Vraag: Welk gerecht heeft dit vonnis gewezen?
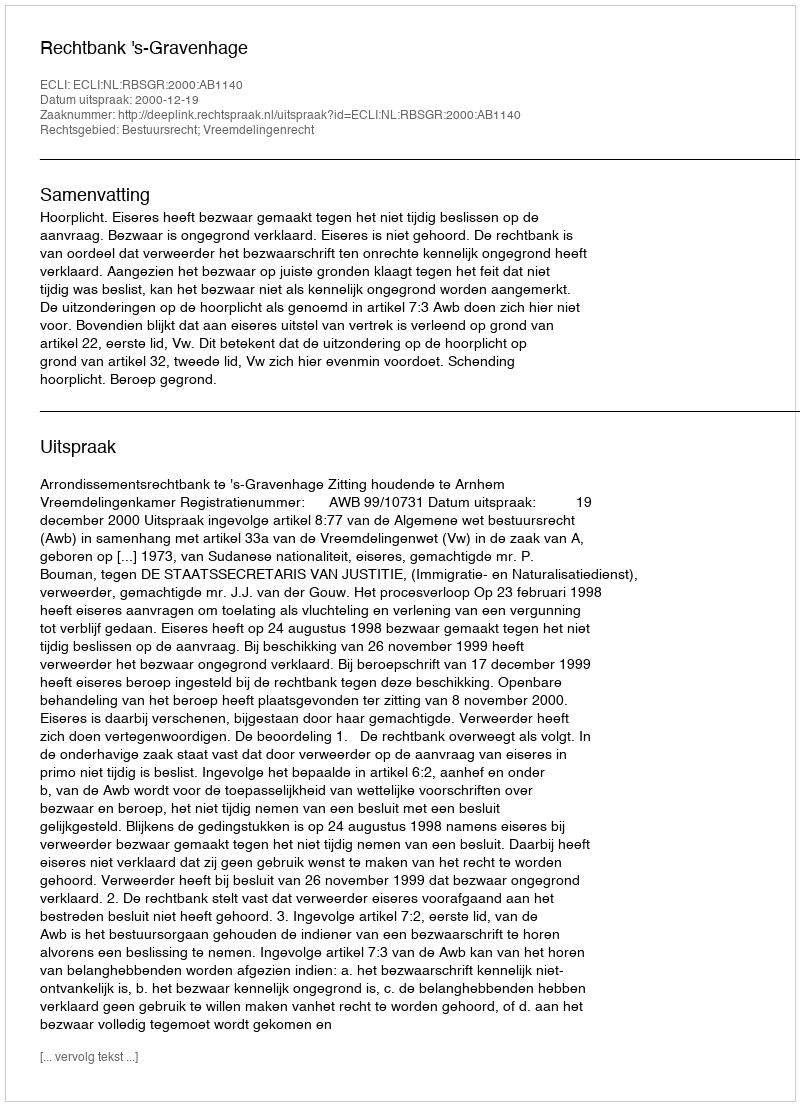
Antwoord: Rechtbank 's-Gravenhage